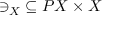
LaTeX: { \ni _ { X } } \subseteq P X \times X